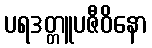
ပရဒတ္တူပဇီဝိနော